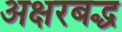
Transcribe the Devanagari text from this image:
अक्षरबद्ध